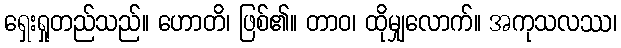
ရှေးရှုတည်သည်။ ဟောတိ၊ ဖြစ်၏။ တာဝ၊ ထိုမျှလောက်။ အကုသလဿ၊